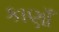
કાણાઁ